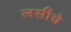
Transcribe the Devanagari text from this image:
लसींचे